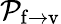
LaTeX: {\mathcal{P}}_{\mathrm{f\rightarrow v}}